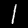
Digit: 1